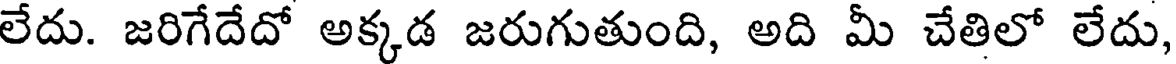
లేదు. జరిగేదేదో అక్కడ జరుగుతుంది, అది మీ చేతిలో లేదు,